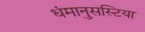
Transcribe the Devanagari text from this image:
धंमानुसस्टिया